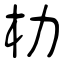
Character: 朸